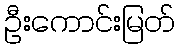
ဦးကောင်းမြတ်